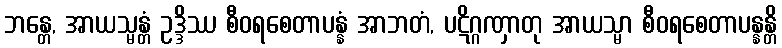
ဘန္တေ, အာယသ္မန္တံ ဥဒ္ဒိဿ စီဝရစေတာပန္နံ အာဘတံ, ပဋိဂ္ဂဏှာတု အာယသ္မာ စီဝရစေတာပန္နန္တိ